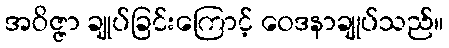
အဝိဇ္ဇာ ချုပ်ခြင်းကြောင့် ဝေဒနာချုပ်သည်။